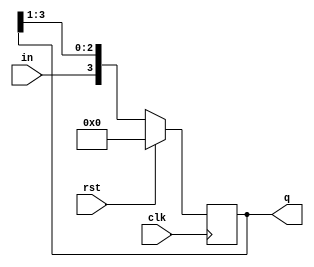
// Code your design here
module sipo(clk,rst,in,q);
  input clk,rst;
  input in;
  output reg [3:0] q;
  always @(posedge clk)
      begin
        if (rst)
          q <= 0;
          else
          q <= {in,q[3:1]};
      end
endmodule